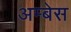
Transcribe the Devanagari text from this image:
अम्बेस